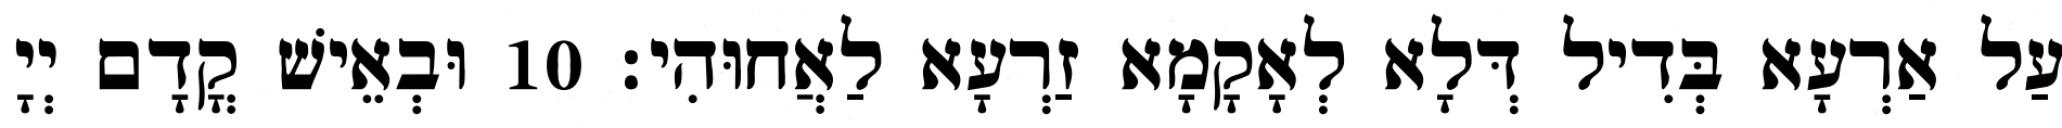
עַל אַרְעָא בְּדִיל דְּלָא לְאָקָמָא זַרְעָא לַאֲחוּהִי׃ 10 וּבְאֵישׁ קֳדָם יְיָ